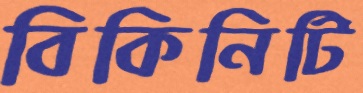
বিকিনিটি